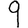
Digit: 9